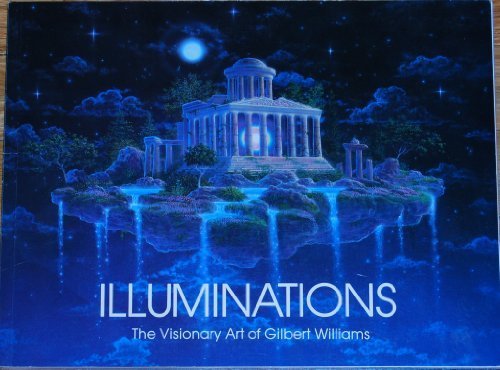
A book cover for Illuminations: The Visionary Art of Gilbert Williams; Gilbert Williams; Arts & Photography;